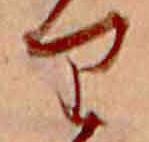
り